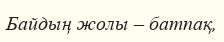
Байдың жолы – батпақ,